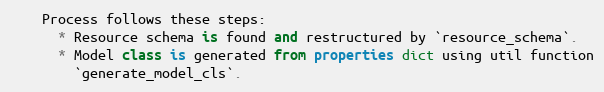
Language: Python
    Process follows these steps:
      * Resource schema is found and restructured by `resource_schema`.
      * Model class is generated from properties dict using util function
        `generate_model_cls`.